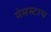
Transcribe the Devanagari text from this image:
गेमस्टाप